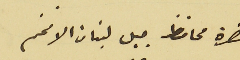
حضرة محافظ جبل لبنان الافخم